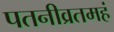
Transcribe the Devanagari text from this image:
पतनीव्रतमहं